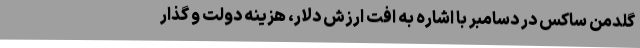
گلدمن ساکس در دسامبر با اشاره به افت ارزش دلار، هزینه دولت و گذار